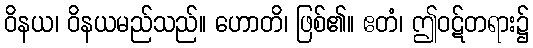
ဝိနယ၊ ဝိနယမည်သည်။ ဟောတိ၊ ဖြစ်၏။ ဧတံ၊ ဤဝဋ်တရား၌